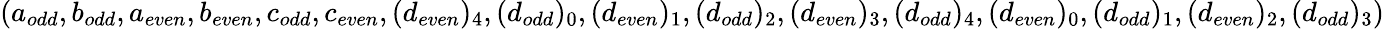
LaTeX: \left(a_{odd},b_{odd},a_{even},b_{even},c_{odd},c_{even},(d_{even})_{4},(d_{odd})_{0},(d_{even})_{1},(d_{odd})_{2},(d_{even})_{3},(d_{odd})_{4},(d_{even})_{0},(d_{odd})_{1},(d_{even})_{2},(d_{odd})_{3}\right)